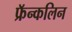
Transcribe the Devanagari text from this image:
फ्रॅन्कलिन